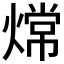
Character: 龦